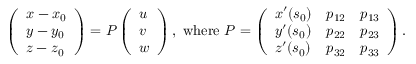
\begin{array} { r l r } & { } & { \left( \begin{array} { l } { x - x _ { 0 } } \\ { y - y _ { 0 } } \\ { z - z _ { 0 } } \end{array} \right) = P \left( \begin{array} { l } { u } \\ { v } \\ { w } \end{array} \right) , \mathrm { ~ w h e r e ~ } P = \left( \begin{array} { l l l } { x ^ { \prime } ( s _ { 0 } ) } & { p _ { 1 2 } } & { p _ { 1 3 } } \\ { y ^ { \prime } ( s _ { 0 } ) } & { p _ { 2 2 } } & { p _ { 2 3 } } \\ { z ^ { \prime } ( s _ { 0 } ) } & { p _ { 3 2 } } & { p _ { 3 3 } } \end{array} \right) . } \end{array}